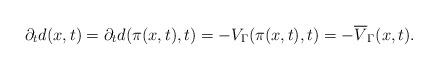
LaTeX: \begin{align*} \partial_td(x,t) = \partial_td(\pi(x,t),t) = -V_\Gamma(\pi(x,t),t) = -\overline{V}_\Gamma(x,t). \end{align*}